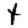
Digit: 1